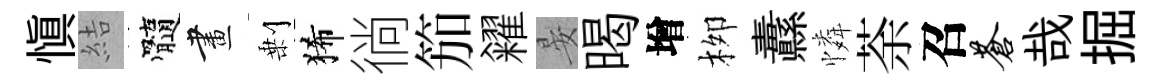
慎結髓畫剰狶徜笳糴晏暍增栁纛憐荼召苍哉掘